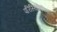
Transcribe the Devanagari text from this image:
परिस्थितिविज्ञान